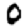
Digit: 0